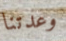
وعدتنا